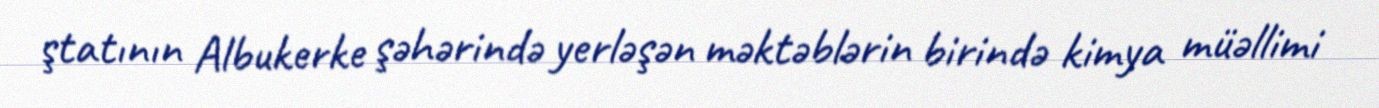
ştatının Albukerke şəhərində yerləşən məktəblərin birində kimya müəllimi